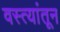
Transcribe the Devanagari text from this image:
वस्त्यांतून